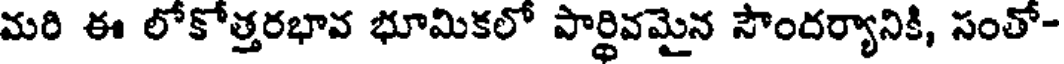
మరి ఈ లోకోత్తరభావ భూమికలో పార్థివమైన సౌందర్యానికి, సంతో-